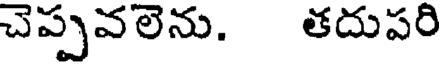
చెప్పవలెను. తదుపరి